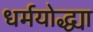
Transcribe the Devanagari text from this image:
धर्मयोद्ध्या